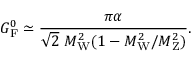
G _ { \mathrm { { F } } } ^ { 0 } \simeq { \frac { \pi \alpha } { { \sqrt { 2 } } ~ M _ { \mathrm { { W } } } ^ { 2 } ( 1 - M _ { \mathrm { { W } } } ^ { 2 } / M _ { \mathrm { { Z } } } ^ { 2 } ) } } .